Civil Veterinary Dept. Bombay admin report 1907-1913 - 1907-1913
Year: 1907
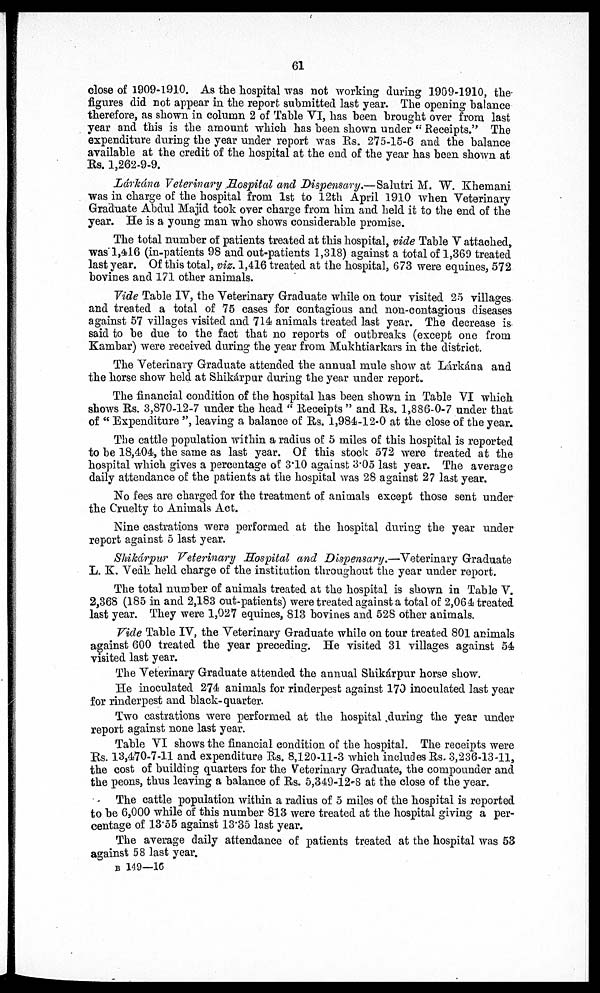
61
close of 1909-1910. As the hospital was not working during 1909-1910, the-
figures did not appear in the report submitted last year. The opening balance
therefore, as shown in column 2 of Table VI, has been brought over from last
year and this is the amount which has been shown under '' Receipts." The
expenditure during the year under report was Rs. 275-15-6 and the balance
available at the credit of the hospital at the end of the year has been shown at
Rs. 1,262-9-9.
Lárkána Veterinary Hospital and Dispensary.—Salutri M. W. Khemani
was in charge of the hospital from 1st to 12th April 1910 when Veterinary
Graduate Abdul Majid took over charge from him and held it to the end of the
year. He is a young man who shows considerable promise.
The total number of patients treated at this hospital, vide Table V attached,
was 1,416 (in-patients 98 and out-patients 1,318) against a total of 1,369 treated
last year. Of this total, viz. 1,416 treated at the hospital, 673 were equines, 572
bovines and 171 other animals.
Vide Table IV, the Veterinary Graduate while on tour visited 25 villages
and treated a total of 75 cases for contagious and non-contagious diseases
against 57 villages visited and 714 animals treated last year. The decrease is
said to be due to the fact that no reports of outbreaks (except one from
Kambar) were received during the year from Mukhtiarkars in the district.
The Veterinary Graduate attended the annual mule show at Lákána and
the horse show held at Shikárpur during the year under report.
The financial condition of the hospital has been shown in Table VI which
shows Rs. 3,870-12-7 under the head " Receipts " and Rs. 1,886-0-7 under that
of " Expenditure ", leaving a balance of Rs. 1,984-12-0 at the close of the year.
The cattle population within a radius of 5 miles of this hospital is reported
to be 18,404, the same as last year. Of this stock 572 were treated at the
hospital which gives a percentage of 3.10 against 3.05 last year. The average
daily attendance of the patients at the hospital was 28 against 27 last year.
No fees are charged for the treatment of animals except those sent under
the Cruelty to Animals Act.
Nine castrations were performed at the hospital during the year under
report against 5 last year.
Shikárpur Veterinary Hospital and Dispensary.—Veterinary Graduate
L. K. Vedh held charge of the institution throughout the year under report.
The total number of animals treated at the hospital is shown in Table V.
2,368 (185 in and 2,183 out-patients) were treated against a total of 2,064 treated
last year. They were 1,027 equines, 813 bovines and 528 other animals.
Vide Table IV, the Veterinary Graduate while on tour treated 801 animals
against 600 treated the year preceding. He visited 31 villages against 54
visited last year.
The Veterinary Graduate attended the annual Shikárpur horse show.
He inoculated 274 animals for rinderpest against 170 inoculated last year
for rinderpest and black-quarter.
Two castrations were performed at the hospital during the year under
report against none last year.
Table VI shows the financial condition of the hospital. The receipts were
Rs. 13,470-7-11 and expenditure Rs. 8,120-11-3 which includes Rs. 3,236-13-11,
the cost of building quarters for the Veterinary Graduate, the compounder and
the peons, thus leaving a balance of Rs. 5,349-12-8 at the close of the year.
The cattle population within a radius of 5 miles of the hospital is reported
to be 6,000 while of this number 813 were treated at the hospital giving a per-
centage of 13.55 against 13.35 last year.
The average daily attendance of patients treated at the hospital was 53
against 58 last year.
B 149—16